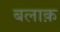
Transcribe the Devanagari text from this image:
बलाक़